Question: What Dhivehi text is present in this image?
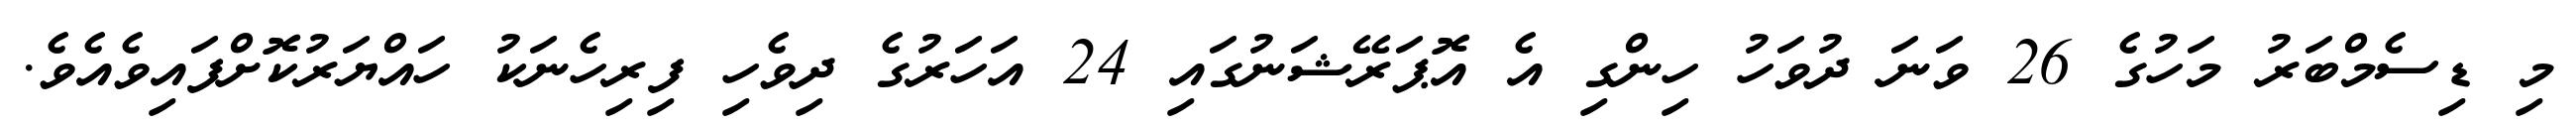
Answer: މި ޑިސެމްބަރު މަހުގެ 26 ވަނަ ދުވަހު ހިންގި އެ އޮޕަރޭޝަނުގައި 24 އަހަރުގެ ދިވެހި ފިރިހެނަކު ހައްޔަރުކޮށްފައިވެއެވެ.